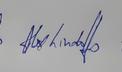
Signature authenticity: genuine